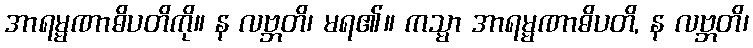
အာရမ္မဏာဓိပတိကို။ န လဗ္ဘတိ၊ မရ၏။ ကသ္မာ အာရမ္မဏာဓိပတိ, န လဗ္ဘတိ၊